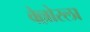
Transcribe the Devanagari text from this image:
वेल्लोरला